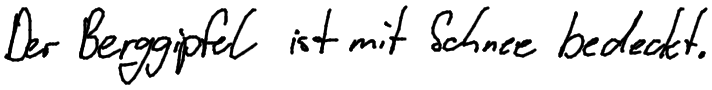
Der Berggipfel ist mit Schnee bedeckt.